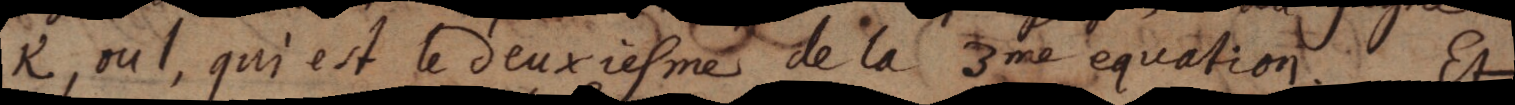
K, ou l, qui est le deuxiesme de la 3me equation. Et